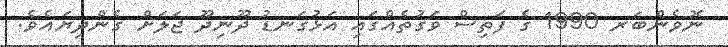
ނޮވެންބަރ 1990 ގެ ފަތިސް ވަގުތެއްގައި އަޅުގަނޑު ދޫނިދޫ ޖަލަށް ގެންދިޔައެވެ.